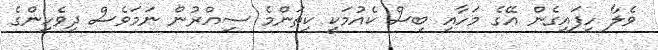
ވެލާ ހިފައިގެން އޭގެ މަހާއި ބިސް ކެއުމަކީ ކިތަންމެ ސިއްރުން ނަމަވެސް ދިވެހިންގެ